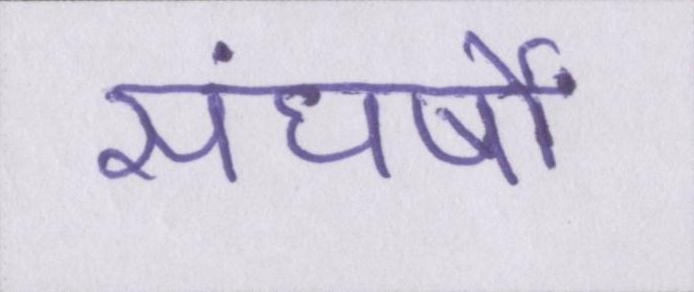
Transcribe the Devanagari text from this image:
संघर्षों